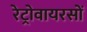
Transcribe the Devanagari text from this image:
रेट्रोवायरसों